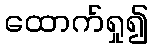
ထောက်ရှု၍